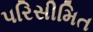
પરિસીમિત